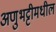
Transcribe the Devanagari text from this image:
अणुभट्टीमधील